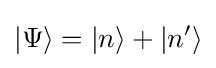
|\Psi \rangle =|n\rangle +|n'\rangle